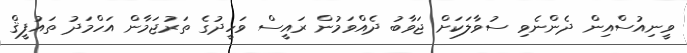
ވީނިއުސްއިން ދެންނެވި ސުވާލަކަށް ޖަވާބު ދެއްވަމުން ރައީސް ވަހީދުގެ ތަރުޖަމާން އަހްމަދު ތައުފީޤް